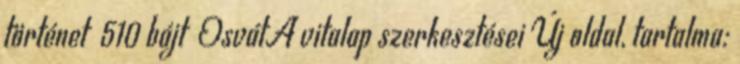
történet ‎ 510 bájt ‎OsvátA vitalap szerkesztései Új oldal, tartalma: